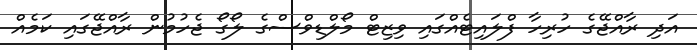
އަދި ރާއްޖޭގެ ހުރިހާ ފްލައިޓެއްގައި ވިޒިޓް މޯލްޑިވްސްގެ ލޯގޯ ޖެހުމުން ރާއްޖޭގައި ކަމެއް